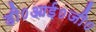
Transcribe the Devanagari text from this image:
डी०आई०जी०